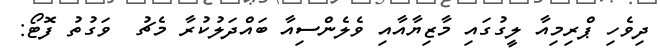
ދިވެހި ޕްރިމިއާ ލީގުގައި މާޒިޔާއާއި ވެލެންސިއާ ބައްދަލުކުރާ މެޗު  ވަގުތު ފޮޓޯ: